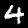
Digit: 4